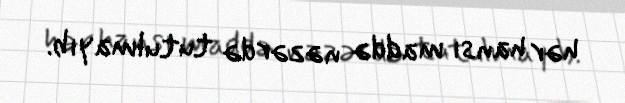
hər hansı maddə nəzərdə tutulmayıb.